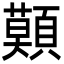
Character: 𩔷